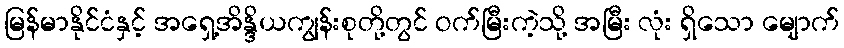
မြန်မာနိုင်ငံနှင့် အရှေ့အိန္ဒိယကျွန်းစုတို့တွင် ဝက်မြီးကဲ့သို့ အမြီး လုံး ရှိသော မျောက်